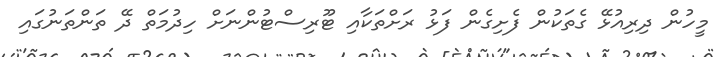
މީހުން ދިރިއުޅޭ ގެތަކުން ފެށިގެން ފަޅު ރަށްތަކާއި ޓޫރިސްޓުންނަށް ހިދުމަތް ދޭ ތަންތަނުގައި